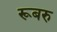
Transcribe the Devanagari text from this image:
रूबरु